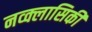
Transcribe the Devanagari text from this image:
नव्क्लासिकी